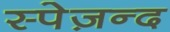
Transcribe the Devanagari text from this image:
स्पेज़न्द